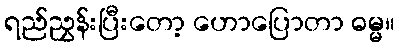
ရည်ညွှန်းပြီးတော့ ဟောပြောတာ ဓမ္မ။